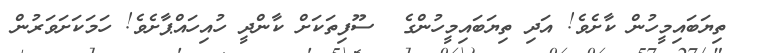
ތިޔަބައިމީހުން ކާށެވެ! އަދި ތިޔަބައިމީހުންގެ  ސޫފިތަކަށް ކާންދީ ހުއިހައްޕާށެވެ! ހަމަކަށަވަރުން